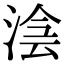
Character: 𣸊